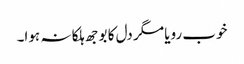
خوب رویا مگر دل کا بوجھ ہلکا نہ ہوا۔